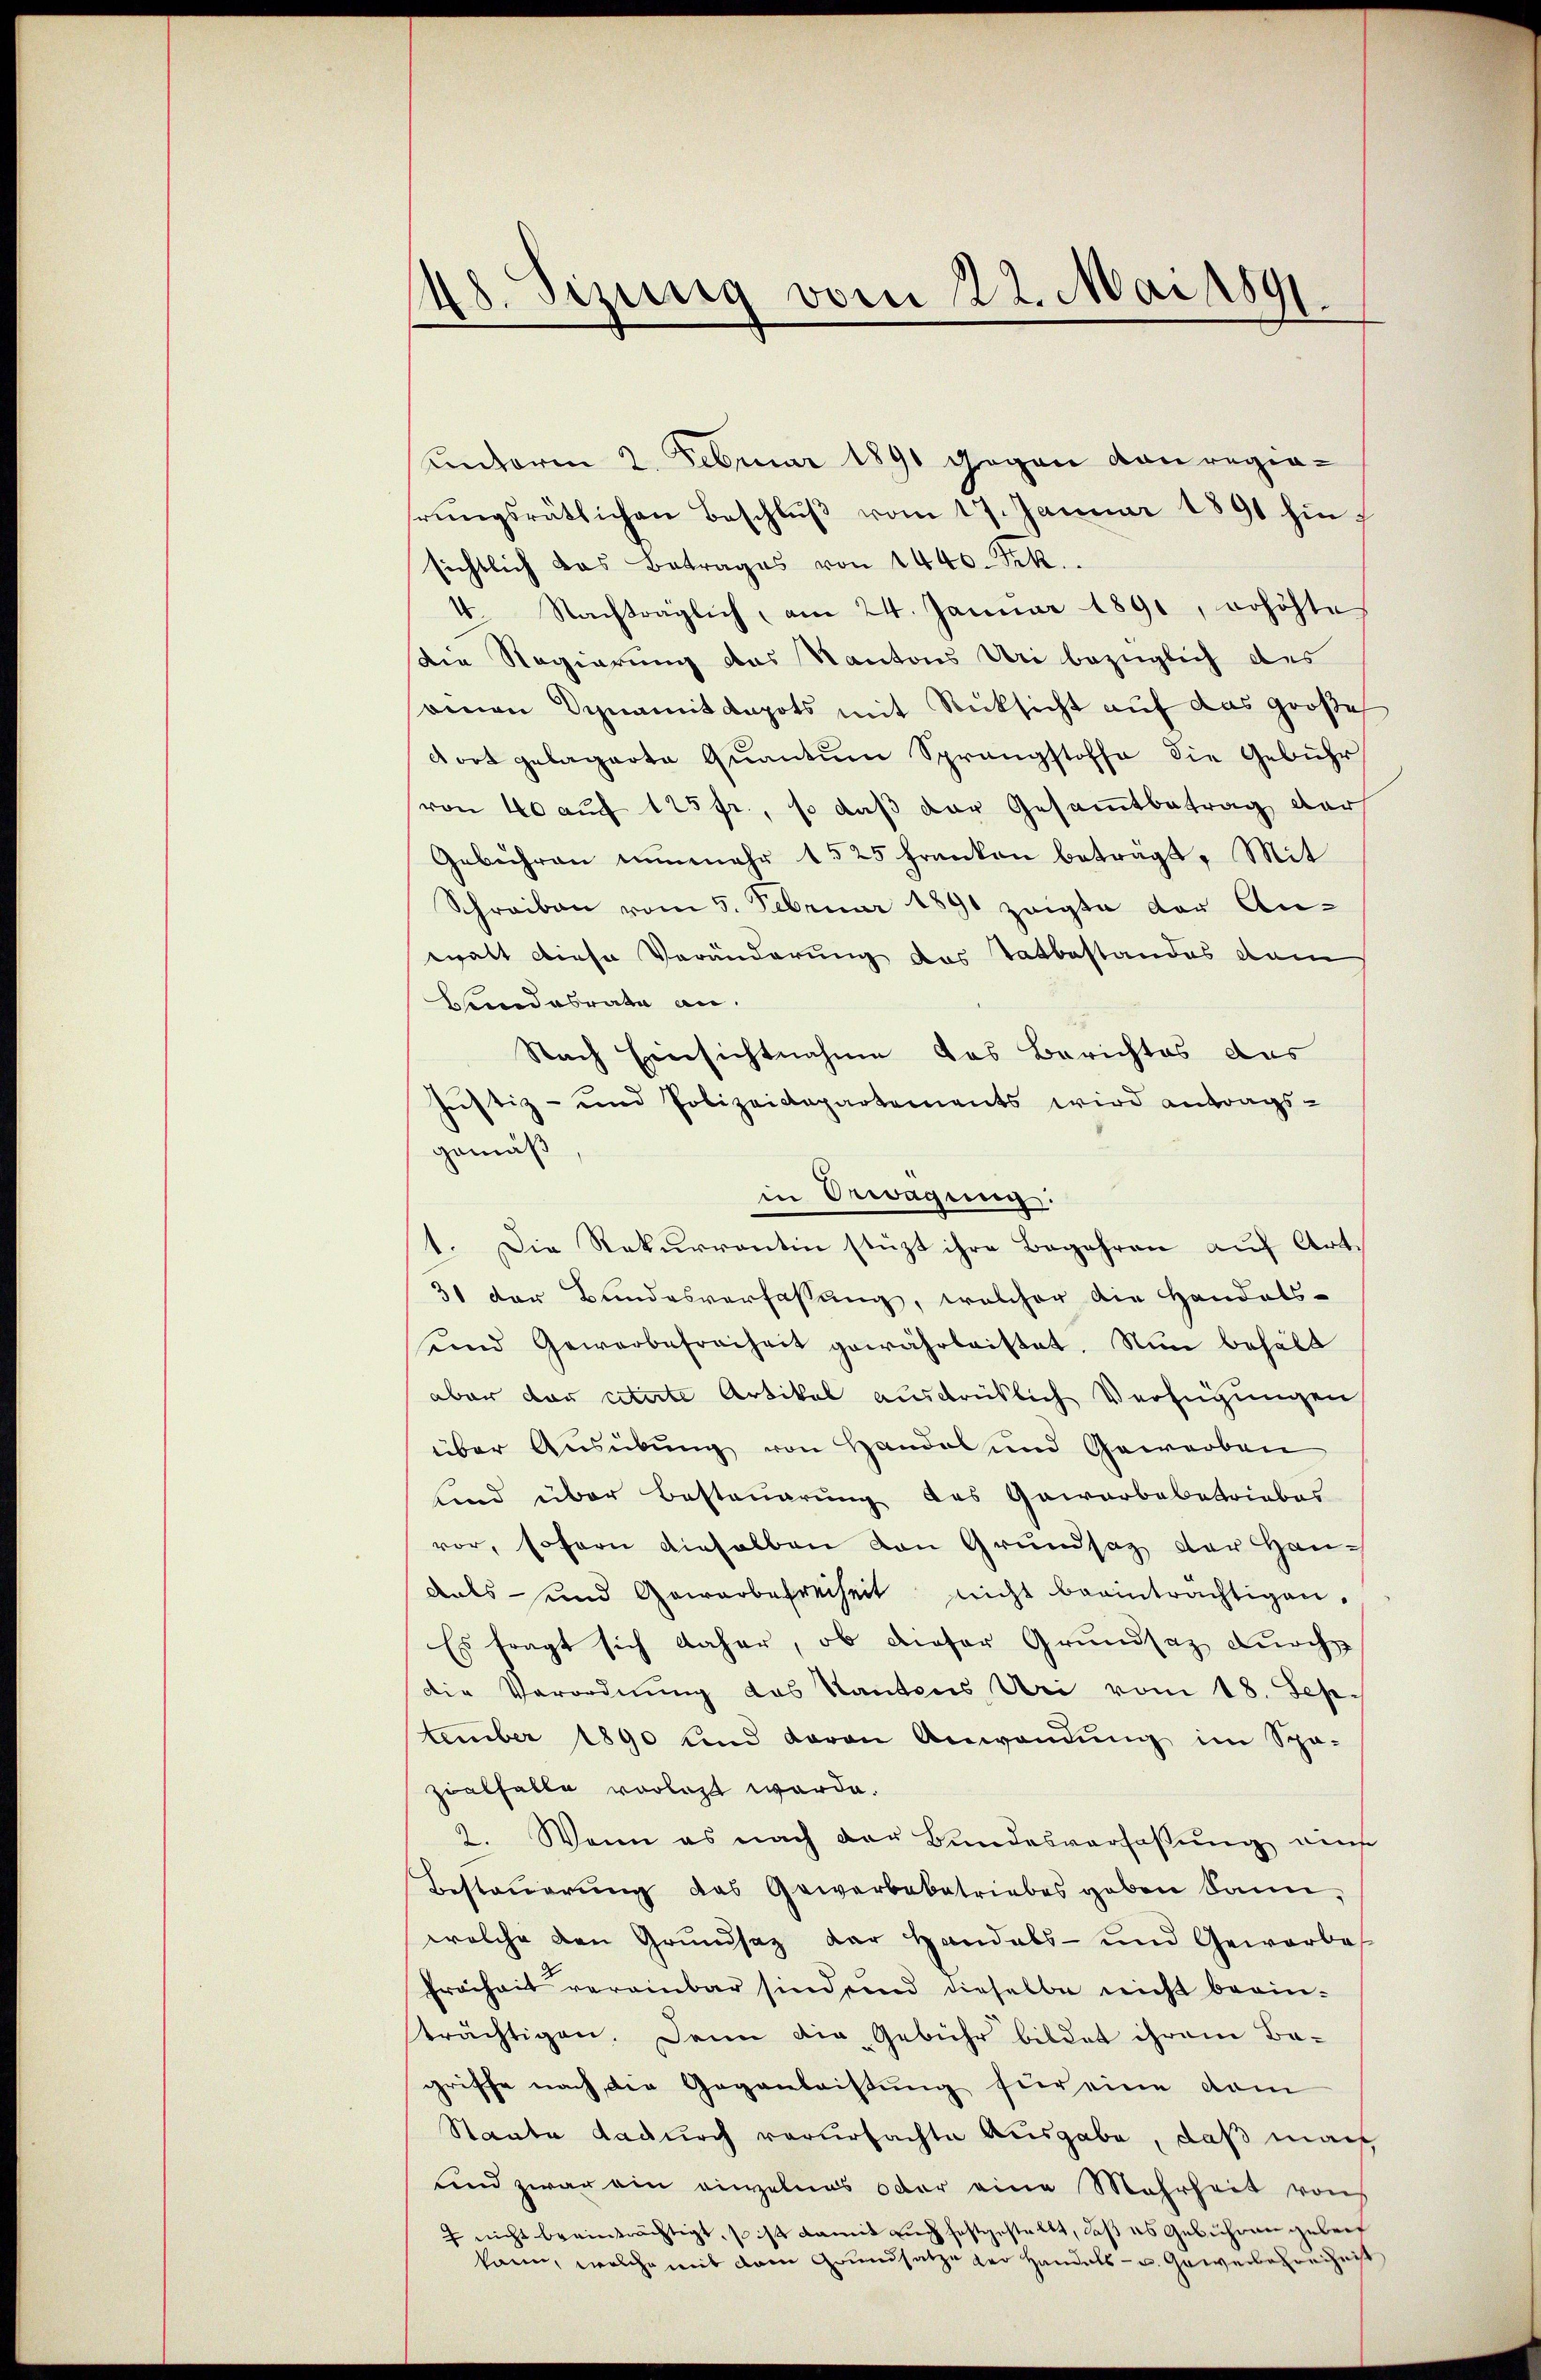
48. Sizung vom 22. Mai 1891.

unterm 2. Februar 1891 gegen von regierŭngsrätlichen Beschlŭβ vom 17. Januar 1891 hinsichtlich das Betrages von 1440. Frk.
4. Nachträglich, am 24. Januar 1891, erhöhte
die Regierung das Kantons Uri bezüglich des
onnen Synamit depots mit Rücksicht auf das große
dort gelagerte Quantum Sprangstoffe die Gebühr
von 40 auf 125 fr., so daß der Gesammtbetrag dar
Gebühren nunmehr 1525 Franken betragt. Mit
Schreiben vom 5. Februar 1891 zeigte der An-
walt diese Veränderung des Tatbestandes dem
Blandesrate an.
Nach Einsichtnahme das Berichtes das
Justiz- und Polizeidepartements wird antrags-
gemäß
in Erwägung:
1. Die Rekurrentin stüzt ihre Begehren auf Art.
31 der Bundesverfassung, welcher die Handels-
unnd Gewerbefreiheit gewährleistet. Nun behält
aber der citirte Artikel ausdrüklich Verfügungen
über Ausübung von Handel und Gewerben
sind über Besteuerung des Gewerbebetriebes
vor, sofern dieselben von Grundsaz der Haudats- und Gewerbefreiheit nicht beeinträchtigen.
Es fragt sich daher, ob dieser Grundsaz durch
die Verordnung des Kantons Uri vom 18. Sep-
tember 1890 und daran Anwendŭng im Spo-
zialfalle vorlegt werde.
2. Wenn es nach der Bundesverfaßung eine
Besteuerung das Gewerbebetriebes geben kann,
welche den Grundsaz der Handabs- und Gewerbe
Freiheit vereinbar sind und dieselbe nicht berinträchtigen. Dann die Gebühr bildet ihrem Be-
griffe nach die Gegenleistung für eine vom
Staate dadurch verursachte Ausgabe, daß man
und zwar ein einzelnes oder eine Mehrheit von
 nicht beeinträchtigt, so ist damit auch festgestellt, daß es Gebühren geben
kann, welche mit dem Grundsatze der Handels- u. Gewerberechnist